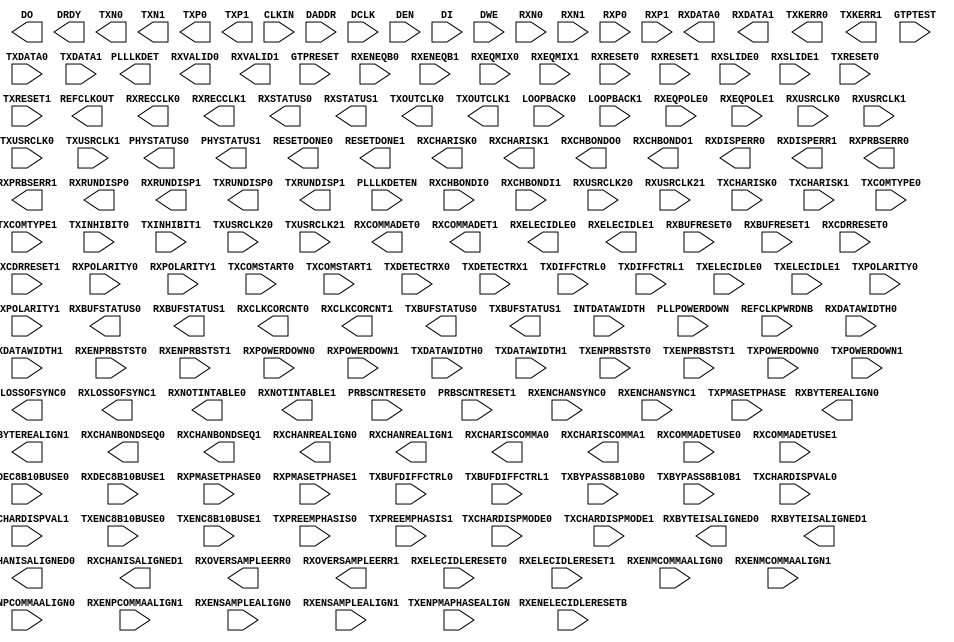
///////////////////////////////////////////////////////////
//  Copyright (c) 1995/2006 Xilinx Inc.
//  All Right Reserved.
///////////////////////////////////////////////////////////
//
//   ____   ___
//  /   /\/   / 
// /___/  \  /    Vendor      : Xilinx 
// \  \    \/     Version : 10.1
//  \  \          Description : Xilinx Formal Library Component
//  /  /                        Multi-Gigabit Transceiver
// /__/   /\      Filename    : GTP_DUAL.v
// \  \  /  \     Timestamp   : Mon Nov 12 2007    
//  \__\/\__ \                    
//                                 
//  Revision:
//    11/12/07 - Initial version.
//  End Revision
///////////////////////////////////////////////////////////

`timescale 1 ps / 1 ps 

module GTP_DUAL (
	DO,
	DRDY,
	PHYSTATUS0,
	PHYSTATUS1,
	PLLLKDET,
	REFCLKOUT,
	RESETDONE0,
	RESETDONE1,
	RXBUFSTATUS0,
	RXBUFSTATUS1,
	RXBYTEISALIGNED0,
	RXBYTEISALIGNED1,
	RXBYTEREALIGN0,
	RXBYTEREALIGN1,
	RXCHANBONDSEQ0,
	RXCHANBONDSEQ1,
	RXCHANISALIGNED0,
	RXCHANISALIGNED1,
	RXCHANREALIGN0,
	RXCHANREALIGN1,
	RXCHARISCOMMA0,
	RXCHARISCOMMA1,
	RXCHARISK0,
	RXCHARISK1,
	RXCHBONDO0,
	RXCHBONDO1,
	RXCLKCORCNT0,
	RXCLKCORCNT1,
	RXCOMMADET0,
	RXCOMMADET1,
	RXDATA0,
	RXDATA1,
	RXDISPERR0,
	RXDISPERR1,
	RXELECIDLE0,
	RXELECIDLE1,
	RXLOSSOFSYNC0,
	RXLOSSOFSYNC1,
	RXNOTINTABLE0,
	RXNOTINTABLE1,
	RXOVERSAMPLEERR0,
	RXOVERSAMPLEERR1,
	RXPRBSERR0,
	RXPRBSERR1,
	RXRECCLK0,
	RXRECCLK1,
	RXRUNDISP0,
	RXRUNDISP1,
	RXSTATUS0,
	RXSTATUS1,
	RXVALID0,
	RXVALID1,
	TXBUFSTATUS0,
	TXBUFSTATUS1,
	TXKERR0,
	TXKERR1,
	TXN0,
	TXN1,
	TXOUTCLK0,
	TXOUTCLK1,
	TXP0,
	TXP1,
	TXRUNDISP0,
	TXRUNDISP1,

	CLKIN,
	DADDR,
	DCLK,
	DEN,
	DI,
	DWE,
	GTPRESET,
	GTPTEST,
	INTDATAWIDTH,
	LOOPBACK0,
	LOOPBACK1,
	PLLLKDETEN,
	PLLPOWERDOWN,
	PRBSCNTRESET0,
	PRBSCNTRESET1,
	REFCLKPWRDNB,
	RXBUFRESET0,
	RXBUFRESET1,
	RXCDRRESET0,
	RXCDRRESET1,
	RXCHBONDI0,
	RXCHBONDI1,
	RXCOMMADETUSE0,
	RXCOMMADETUSE1,
	RXDATAWIDTH0,
	RXDATAWIDTH1,
	RXDEC8B10BUSE0,
	RXDEC8B10BUSE1,
	RXELECIDLERESET0,
	RXELECIDLERESET1,	 
	RXENCHANSYNC0,
	RXENCHANSYNC1,
        RXENELECIDLERESETB,	 
	RXENEQB0,
	RXENEQB1,
	RXENMCOMMAALIGN0,
	RXENMCOMMAALIGN1,
	RXENPCOMMAALIGN0,
	RXENPCOMMAALIGN1,
	RXENPRBSTST0,
	RXENPRBSTST1,
	RXENSAMPLEALIGN0,
	RXENSAMPLEALIGN1,
	RXEQMIX0,
	RXEQMIX1,
	RXEQPOLE0,
	RXEQPOLE1,
	RXN0,
	RXN1,
	RXP0,
	RXP1,
	RXPMASETPHASE0,
	RXPMASETPHASE1,
	RXPOLARITY0,
	RXPOLARITY1,
	RXPOWERDOWN0,
	RXPOWERDOWN1,
	RXRESET0,
	RXRESET1,
	RXSLIDE0,
	RXSLIDE1,
	RXUSRCLK0,
	RXUSRCLK1,
	RXUSRCLK20,
	RXUSRCLK21,
	TXBUFDIFFCTRL0,
	TXBUFDIFFCTRL1,
	TXBYPASS8B10B0,
	TXBYPASS8B10B1,
	TXCHARDISPMODE0,
	TXCHARDISPMODE1,
	TXCHARDISPVAL0,
	TXCHARDISPVAL1,
	TXCHARISK0,
	TXCHARISK1,
	TXCOMSTART0,
	TXCOMSTART1,
	TXCOMTYPE0,
	TXCOMTYPE1,
	TXDATA0,
	TXDATA1,
	TXDATAWIDTH0,
	TXDATAWIDTH1,
	TXDETECTRX0,
	TXDETECTRX1,
	TXDIFFCTRL0,
	TXDIFFCTRL1,
	TXELECIDLE0,
	TXELECIDLE1,
	TXENC8B10BUSE0,
	TXENC8B10BUSE1,
	TXENPMAPHASEALIGN,
	TXENPRBSTST0,
	TXENPRBSTST1,
	TXINHIBIT0,
	TXINHIBIT1,
	TXPMASETPHASE,
	TXPOLARITY0,
	TXPOLARITY1,
	TXPOWERDOWN0,
	TXPOWERDOWN1,
	TXPREEMPHASIS0,
	TXPREEMPHASIS1,
	TXRESET0,
	TXRESET1,
	TXUSRCLK0,
	TXUSRCLK1,
	TXUSRCLK20,
	TXUSRCLK21

);

parameter AC_CAP_DIS_0 = "TRUE";
parameter AC_CAP_DIS_1 = "TRUE";
parameter CHAN_BOND_MODE_0 = "OFF";
parameter CHAN_BOND_MODE_1 = "OFF";
parameter CHAN_BOND_SEQ_2_USE_0 = "TRUE";
parameter CHAN_BOND_SEQ_2_USE_1 = "TRUE";
parameter CLKINDC_B = "TRUE";
parameter CLK_CORRECT_USE_0 = "TRUE";
parameter CLK_CORRECT_USE_1 = "TRUE";
parameter CLK_COR_INSERT_IDLE_FLAG_0 = "FALSE";
parameter CLK_COR_INSERT_IDLE_FLAG_1 = "FALSE";
parameter CLK_COR_KEEP_IDLE_0 = "FALSE";
parameter CLK_COR_KEEP_IDLE_1 = "FALSE";
parameter CLK_COR_PRECEDENCE_0 = "TRUE";
parameter CLK_COR_PRECEDENCE_1 = "TRUE";
parameter CLK_COR_SEQ_2_USE_0 = "FALSE";
parameter CLK_COR_SEQ_2_USE_1 = "FALSE";
parameter COMMA_DOUBLE_0 = "FALSE";
parameter COMMA_DOUBLE_1 = "FALSE";
parameter DEC_MCOMMA_DETECT_0 = "TRUE";
parameter DEC_MCOMMA_DETECT_1 = "TRUE";
parameter DEC_PCOMMA_DETECT_0 = "TRUE";
parameter DEC_PCOMMA_DETECT_1 = "TRUE";
parameter DEC_VALID_COMMA_ONLY_0 = "TRUE";
parameter DEC_VALID_COMMA_ONLY_1 = "TRUE";
parameter MCOMMA_DETECT_0 = "TRUE";
parameter MCOMMA_DETECT_1 = "TRUE";
parameter OVERSAMPLE_MODE = "FALSE";
parameter PCI_EXPRESS_MODE_0 = "TRUE";
parameter PCI_EXPRESS_MODE_1 = "TRUE";
parameter PCOMMA_DETECT_0 = "TRUE";
parameter PCOMMA_DETECT_1 = "TRUE";
parameter PLL_SATA_0 = "FALSE";
parameter PLL_SATA_1 = "FALSE";
parameter RCV_TERM_GND_0 = "TRUE";
parameter RCV_TERM_GND_1 = "TRUE";
parameter RCV_TERM_MID_0 = "FALSE";
parameter RCV_TERM_MID_1 = "FALSE";
parameter RCV_TERM_VTTRX_0 = "FALSE";
parameter RCV_TERM_VTTRX_1 = "FALSE";
parameter RX_BUFFER_USE_0 = "TRUE";
parameter RX_BUFFER_USE_1 = "TRUE";
parameter RX_DECODE_SEQ_MATCH_0 = "TRUE";
parameter RX_DECODE_SEQ_MATCH_1 = "TRUE";
parameter RX_LOSS_OF_SYNC_FSM_0 = "FALSE";
parameter RX_LOSS_OF_SYNC_FSM_1 = "FALSE";
parameter RX_SLIDE_MODE_0 = "PCS";
parameter RX_SLIDE_MODE_1 = "PCS";
parameter RX_STATUS_FMT_0 = "PCIE";
parameter RX_STATUS_FMT_1 = "PCIE";
parameter RX_XCLK_SEL_0 = "RXREC";
parameter RX_XCLK_SEL_1 = "RXREC";
parameter SIM_PLL_PERDIV2 = 9'h190;
parameter SIM_RECEIVER_DETECT_PASS0 = "FALSE";
parameter SIM_RECEIVER_DETECT_PASS1 = "FALSE";
parameter TERMINATION_OVRD = "FALSE";
parameter TX_BUFFER_USE_0 = "TRUE";
parameter TX_BUFFER_USE_1 = "TRUE";
parameter TX_DIFF_BOOST_0 = "TRUE";
parameter TX_DIFF_BOOST_1 = "TRUE";
parameter TX_XCLK_SEL_0 = "TXUSR";
parameter TX_XCLK_SEL_1 = "TXUSR";
parameter [15:0] TRANS_TIME_FROM_P2_0 = 16'h003c;
parameter [15:0] TRANS_TIME_FROM_P2_1 = 16'h003c;
parameter [15:0] TRANS_TIME_NON_P2_0 = 16'h0019;
parameter [15:0] TRANS_TIME_NON_P2_1 = 16'h0019;
parameter [15:0] TRANS_TIME_TO_P2_0 = 16'h0064;
parameter [15:0] TRANS_TIME_TO_P2_1 = 16'h0064;
parameter [24:0] PMA_RX_CFG_0 = 25'h09f0089;
parameter [24:0] PMA_RX_CFG_1 = 25'h09f0089;
parameter [26:0] PMA_CDR_SCAN_0 = 27'h6c07640;
parameter [26:0] PMA_CDR_SCAN_1 = 27'h6c07640;
parameter [27:0] PCS_COM_CFG = 28'h1680a0e;
parameter [2:0] OOBDETECT_THRESHOLD_0 = 3'b001;
parameter [2:0] OOBDETECT_THRESHOLD_1 = 3'b001;
parameter [2:0] SATA_BURST_VAL_0 = 3'b100;
parameter [2:0] SATA_BURST_VAL_1 = 3'b100;
parameter [2:0] SATA_IDLE_VAL_0 = 3'b011;
parameter [2:0] SATA_IDLE_VAL_1 = 3'b011;
parameter [31:0] PRBS_ERR_THRESHOLD_0 = 32'h1;
parameter [31:0] PRBS_ERR_THRESHOLD_1 = 32'h1;
parameter [3:0] CHAN_BOND_SEQ_1_ENABLE_0 = 4'b1111;
parameter [3:0] CHAN_BOND_SEQ_1_ENABLE_1 = 4'b1111;
parameter [3:0] CHAN_BOND_SEQ_2_ENABLE_0 = 4'b1111;
parameter [3:0] CHAN_BOND_SEQ_2_ENABLE_1 = 4'b1111;
parameter [3:0] CLK_COR_SEQ_1_ENABLE_0 = 4'b1111;
parameter [3:0] CLK_COR_SEQ_1_ENABLE_1 = 4'b1111;
parameter [3:0] CLK_COR_SEQ_2_ENABLE_0 = 4'b1111;
parameter [3:0] CLK_COR_SEQ_2_ENABLE_1 = 4'b1111;
parameter [3:0] COM_BURST_VAL_0 = 4'b1111;
parameter [3:0] COM_BURST_VAL_1 = 4'b1111;
parameter [4:0] TERMINATION_CTRL = 5'b10100;
parameter [4:0] TXRX_INVERT_0 = 5'b00000;
parameter [4:0] TXRX_INVERT_1 = 5'b00000;
parameter [9:0] CHAN_BOND_SEQ_1_1_0 = 10'b0001001010;
parameter [9:0] CHAN_BOND_SEQ_1_1_1 = 10'b0001001010;
parameter [9:0] CHAN_BOND_SEQ_1_2_0 = 10'b0001001010;
parameter [9:0] CHAN_BOND_SEQ_1_2_1 = 10'b0001001010;
parameter [9:0] CHAN_BOND_SEQ_1_3_0 = 10'b0001001010;
parameter [9:0] CHAN_BOND_SEQ_1_3_1 = 10'b0001001010;
parameter [9:0] CHAN_BOND_SEQ_1_4_0 = 10'b0110111100;
parameter [9:0] CHAN_BOND_SEQ_1_4_1 = 10'b0110111100;
parameter [9:0] CHAN_BOND_SEQ_2_1_0 = 10'b0110111100;
parameter [9:0] CHAN_BOND_SEQ_2_1_1 = 10'b0110111100;
parameter [9:0] CHAN_BOND_SEQ_2_2_0 = 10'b0100111100;
parameter [9:0] CHAN_BOND_SEQ_2_2_1 = 10'b0100111100;
parameter [9:0] CHAN_BOND_SEQ_2_3_0 = 10'b0100111100;
parameter [9:0] CHAN_BOND_SEQ_2_3_1 = 10'b0100111100;
parameter [9:0] CHAN_BOND_SEQ_2_4_0 = 10'b0100111100;
parameter [9:0] CHAN_BOND_SEQ_2_4_1 = 10'b0100111100;
parameter [9:0] CLK_COR_SEQ_1_1_0 = 10'b0100011100;
parameter [9:0] CLK_COR_SEQ_1_1_1 = 10'b0100011100;
parameter [9:0] CLK_COR_SEQ_1_2_0 = 10'b0;
parameter [9:0] CLK_COR_SEQ_1_2_1 = 10'b0;
parameter [9:0] CLK_COR_SEQ_1_3_0 = 10'b0;
parameter [9:0] CLK_COR_SEQ_1_3_1 = 10'b0;
parameter [9:0] CLK_COR_SEQ_1_4_0 = 10'b0;
parameter [9:0] CLK_COR_SEQ_1_4_1 = 10'b0;
parameter [9:0] CLK_COR_SEQ_2_1_0 = 10'b0;
parameter [9:0] CLK_COR_SEQ_2_1_1 = 10'b0;
parameter [9:0] CLK_COR_SEQ_2_2_0 = 10'b0;
parameter [9:0] CLK_COR_SEQ_2_2_1 = 10'b0;
parameter [9:0] CLK_COR_SEQ_2_3_0 = 10'b0;
parameter [9:0] CLK_COR_SEQ_2_3_1 = 10'b0;
parameter [9:0] CLK_COR_SEQ_2_4_0 = 10'b0;
parameter [9:0] CLK_COR_SEQ_2_4_1 = 10'b0;
parameter [9:0] COMMA_10B_ENABLE_0 = 10'b1111111111;
parameter [9:0] COMMA_10B_ENABLE_1 = 10'b1111111111;
parameter [9:0] MCOMMA_10B_VALUE_0 = 10'b1010000011;
parameter [9:0] MCOMMA_10B_VALUE_1 = 10'b1010000011;
parameter [9:0] PCOMMA_10B_VALUE_0 = 10'b0101111100;
parameter [9:0] PCOMMA_10B_VALUE_1 = 10'b0101111100;
parameter ALIGN_COMMA_WORD_0 = 1;
parameter ALIGN_COMMA_WORD_1 = 1;
parameter CHAN_BOND_1_MAX_SKEW_0 = 7;
parameter CHAN_BOND_1_MAX_SKEW_1 = 7;
parameter CHAN_BOND_2_MAX_SKEW_0 = 1;
parameter CHAN_BOND_2_MAX_SKEW_1 = 1;
parameter CHAN_BOND_LEVEL_0 = 0;
parameter CHAN_BOND_LEVEL_1 = 0;
parameter CHAN_BOND_SEQ_LEN_0 = 4;
parameter CHAN_BOND_SEQ_LEN_1 = 4;
parameter CLK25_DIVIDER = 4;
parameter CLK_COR_ADJ_LEN_0 = 1;
parameter CLK_COR_ADJ_LEN_1 = 1;
parameter CLK_COR_DET_LEN_0 = 1;
parameter CLK_COR_DET_LEN_1 = 1;
parameter CLK_COR_MAX_LAT_0 = 18;
parameter CLK_COR_MAX_LAT_1 = 18;
parameter CLK_COR_MIN_LAT_0 = 16;
parameter CLK_COR_MIN_LAT_1 = 16;
parameter CLK_COR_REPEAT_WAIT_0 = 5;
parameter CLK_COR_REPEAT_WAIT_1 = 5;
parameter OOB_CLK_DIVIDER = 4;
parameter PLL_DIVSEL_FB = 5;
parameter PLL_DIVSEL_REF = 2;
parameter PLL_RXDIVSEL_OUT_0 = 1;
parameter PLL_RXDIVSEL_OUT_1 = 1;
parameter PLL_TXDIVSEL_COMM_OUT = 1;
parameter PLL_TXDIVSEL_OUT_0 = 1;
parameter PLL_TXDIVSEL_OUT_1 = 1;
parameter RX_LOS_INVALID_INCR_0 = 8;
parameter RX_LOS_INVALID_INCR_1 = 8;
parameter RX_LOS_THRESHOLD_0 = 128;
parameter RX_LOS_THRESHOLD_1 = 128;
parameter SATA_MAX_BURST_0 = 7;
parameter SATA_MAX_BURST_1 = 7;
parameter SATA_MAX_INIT_0 = 22;
parameter SATA_MAX_INIT_1 = 22;
parameter SATA_MAX_WAKE_0 = 7;
parameter SATA_MAX_WAKE_1 = 7;
parameter SATA_MIN_BURST_0 = 4;
parameter SATA_MIN_BURST_1 = 4;
parameter SATA_MIN_INIT_0 = 12;
parameter SATA_MIN_INIT_1 = 12;
parameter SATA_MIN_WAKE_0 = 4;
parameter SATA_MIN_WAKE_1 = 4;
parameter SIM_GTPRESET_SPEEDUP = 0;
parameter TERMINATION_IMP_0 = 50;
parameter TERMINATION_IMP_1 = 50;
parameter TX_SYNC_FILTERB = 1;

output DRDY;
output PHYSTATUS0;
output PHYSTATUS1;
output PLLLKDET;
output REFCLKOUT;
output RESETDONE0;
output RESETDONE1;
output RXBYTEISALIGNED0;
output RXBYTEISALIGNED1;
output RXBYTEREALIGN0;
output RXBYTEREALIGN1;
output RXCHANBONDSEQ0;
output RXCHANBONDSEQ1;
output RXCHANISALIGNED0;
output RXCHANISALIGNED1;
output RXCHANREALIGN0;
output RXCHANREALIGN1;
output RXCOMMADET0;
output RXCOMMADET1;
output RXELECIDLE0;
output RXELECIDLE1;
output RXOVERSAMPLEERR0;
output RXOVERSAMPLEERR1;
output RXPRBSERR0;
output RXPRBSERR1;
output RXRECCLK0;
output RXRECCLK1;
output RXVALID0;
output RXVALID1;
output TXN0;
output TXN1;
output TXOUTCLK0;
output TXOUTCLK1;
output TXP0;
output TXP1;
output [15:0] DO;
output [15:0] RXDATA0;
output [15:0] RXDATA1;
output [1:0] RXCHARISCOMMA0;
output [1:0] RXCHARISCOMMA1;
output [1:0] RXCHARISK0;
output [1:0] RXCHARISK1;
output [1:0] RXDISPERR0;
output [1:0] RXDISPERR1;
output [1:0] RXLOSSOFSYNC0;
output [1:0] RXLOSSOFSYNC1;
output [1:0] RXNOTINTABLE0;
output [1:0] RXNOTINTABLE1;
output [1:0] RXRUNDISP0;
output [1:0] RXRUNDISP1;
output [1:0] TXBUFSTATUS0;
output [1:0] TXBUFSTATUS1;
output [1:0] TXKERR0;
output [1:0] TXKERR1;
output [1:0] TXRUNDISP0;
output [1:0] TXRUNDISP1;
output [2:0] RXBUFSTATUS0;
output [2:0] RXBUFSTATUS1;
output [2:0] RXCHBONDO0;
output [2:0] RXCHBONDO1;
output [2:0] RXCLKCORCNT0;
output [2:0] RXCLKCORCNT1;
output [2:0] RXSTATUS0;
output [2:0] RXSTATUS1;

input CLKIN;
input DCLK;
input DEN;
input DWE;
input GTPRESET;
input INTDATAWIDTH;
input PLLLKDETEN;
input PLLPOWERDOWN;
input PRBSCNTRESET0;
input PRBSCNTRESET1;
input REFCLKPWRDNB;
input RXBUFRESET0;
input RXBUFRESET1;
input RXCDRRESET0;
input RXCDRRESET1;
input RXCOMMADETUSE0;
input RXCOMMADETUSE1;
input RXDATAWIDTH0;
input RXDATAWIDTH1;
input RXDEC8B10BUSE0;
input RXDEC8B10BUSE1;
input RXELECIDLERESET0;
input RXELECIDLERESET1;
input RXENCHANSYNC0;
input RXENCHANSYNC1;
input RXENELECIDLERESETB;
input RXENEQB0;
input RXENEQB1;
input RXENMCOMMAALIGN0;
input RXENMCOMMAALIGN1;
input RXENPCOMMAALIGN0;
input RXENPCOMMAALIGN1;
input RXENSAMPLEALIGN0;
input RXENSAMPLEALIGN1;
input RXN0;
input RXN1;
input RXP0;
input RXP1;
input RXPMASETPHASE0;
input RXPMASETPHASE1;
input RXPOLARITY0;
input RXPOLARITY1;
input RXRESET0;
input RXRESET1;
input RXSLIDE0;
input RXSLIDE1;
input RXUSRCLK0;
input RXUSRCLK1;
input RXUSRCLK20;
input RXUSRCLK21;
input TXCOMSTART0;
input TXCOMSTART1;
input TXCOMTYPE0;
input TXCOMTYPE1;
input TXDATAWIDTH0;
input TXDATAWIDTH1;
input TXDETECTRX0;
input TXDETECTRX1;
input TXELECIDLE0;
input TXELECIDLE1;
input TXENC8B10BUSE0;
input TXENC8B10BUSE1;
input TXENPMAPHASEALIGN;
input TXINHIBIT0;
input TXINHIBIT1;
input TXPMASETPHASE;
input TXPOLARITY0;
input TXPOLARITY1;
input TXRESET0;
input TXRESET1;
input TXUSRCLK0;
input TXUSRCLK1;
input TXUSRCLK20;
input TXUSRCLK21;
input [15:0] DI;
input [15:0] TXDATA0;
input [15:0] TXDATA1;
input [1:0] RXENPRBSTST0;
input [1:0] RXENPRBSTST1;
input [1:0] RXEQMIX0;
input [1:0] RXEQMIX1;
input [1:0] RXPOWERDOWN0;
input [1:0] RXPOWERDOWN1;
input [1:0] TXBYPASS8B10B0;
input [1:0] TXBYPASS8B10B1;
input [1:0] TXCHARDISPMODE0;
input [1:0] TXCHARDISPMODE1;
input [1:0] TXCHARDISPVAL0;
input [1:0] TXCHARDISPVAL1;
input [1:0] TXCHARISK0;
input [1:0] TXCHARISK1;
input [1:0] TXENPRBSTST0;
input [1:0] TXENPRBSTST1;
input [1:0] TXPOWERDOWN0;
input [1:0] TXPOWERDOWN1;
input [2:0] LOOPBACK0;
input [2:0] LOOPBACK1;
input [2:0] RXCHBONDI0;
input [2:0] RXCHBONDI1;
input [2:0] TXBUFDIFFCTRL0;
input [2:0] TXBUFDIFFCTRL1;
input [2:0] TXDIFFCTRL0;
input [2:0] TXDIFFCTRL1;
input [2:0] TXPREEMPHASIS0;
input [2:0] TXPREEMPHASIS1;
input [3:0] GTPTEST;
input [3:0] RXEQPOLE0;
input [3:0] RXEQPOLE1;
input [6:0] DADDR;

endmodule